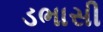
ડભાસી